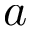
a